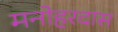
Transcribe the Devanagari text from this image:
मनोहरदास